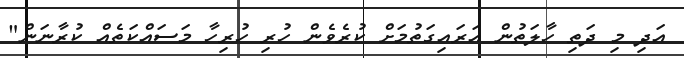
އަދި މި ދަތި ހާލަތުން އަރައިގަތުމަށް ކުރެވެން ހުރި ހުރިހާ މަސައްކަތެއް ކުރާނަން"